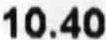
10.40